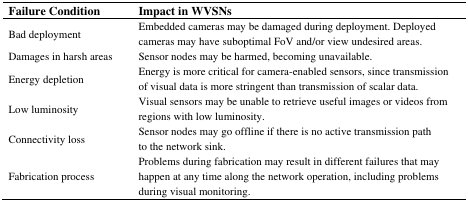
<table><thead><tr><td><b>Failure Condition</b></td><td><b>Impact in WVSNs</b></td></tr></thead><tbody><tr><td>Bad deployment</td><td>Embedded cameras may be damaged during deployment. Deployed cameras may have suboptimal FoV and/or view undesired areas.</td></tr><tr><td>Damages in harsh areas</td><td>Sensor nodes may be harmed, becoming unavailable.</td></tr><tr><td>Energy depletion</td><td>Energy is more critical for camera-enabled sensors, since transmission of visual data is more stringent than transmission of scalar data.</td></tr><tr><td>Low luminosity</td><td>Visual sensors may be unable to retrieve useful images or videos from regions with low luminosity.</td></tr><tr><td>Connectivity loss</td><td>Sensor nodes may go offline if there is no active transmission path to the network sink.</td></tr><tr><td>Fabrication process</td><td>Problems during fabrication may result in different failures that may happen at any time along the network operation, including problems during visual monitoring.</td></tr></tbody></table>